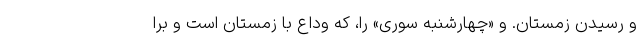
و رسیدن زمستان. و «چهارشنبه سوری» را، که وداع با زمستان است و برا